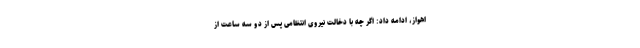
اهواز، ادامه داد: اگر چه با دخالت نیروی انتظامی پس از دو سه ساعت از